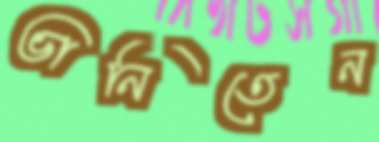
ভানিতেন